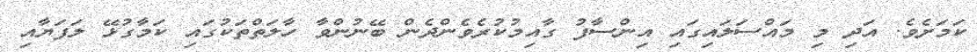
ކަމަށެވެ. އަދި މި މައްސަލައިގައި އިންސާފު ގާއިމުކުރެވެންދެން ބޭނުންވާ ހާލަތްތަކުގައި ކަމާގުޅޭ ލަފަޔާއި